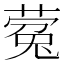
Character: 蒬